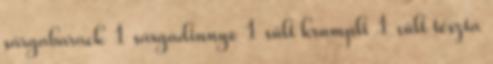
sárgabarack 1 sárgadinnye 1 sült krumpli 1 sült tészta